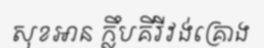
សុខអាន ក្លឹបគីរីវង់គ្រោង